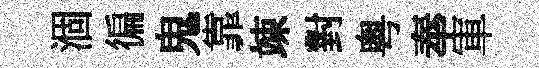
涸徧鬼靠竦對粤奉軍